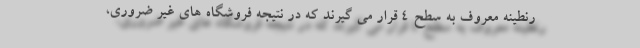
رنطینه معروف به سطح ۴ قرار می گیرند که در نتیجه فروشگاه های غیر ضروری،